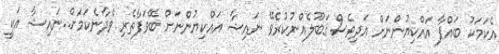
އެކަމަކު ބައްޕާ އައްކިޔުންނަށް އަދިވެސް ޤަބޫލެއްނުކުރެވޭ ނައިޝާ އައްކިޔުންނަށް ބޭވަފާތެރި ވެދާނެކަމަށް..ނައިޝާ އަކީ